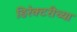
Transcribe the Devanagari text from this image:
डिरेक्टरीच्या